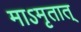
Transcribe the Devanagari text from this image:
माऽमृतात्‌